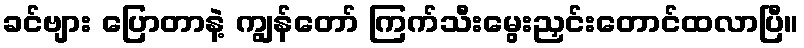
ခင်ဗျား ပြောတာနဲ့ ကျွန်တော် ကြက်သီးမွေးညှင်းတောင်ထလာပြီ။